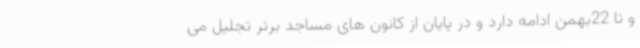
و تا 22بهمن ادامه دارد و در پایان از کانون های مساجد برتر تجلیل می